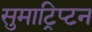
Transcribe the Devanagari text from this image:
सुमाट्रिप्टन